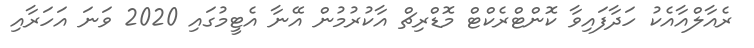
ރެއާލްއާއެކު ހަދާފައިވާ ކޮންޓްރެކްޓް މޮޑްރިޗް އާކުރުމުން އޭނާ އެޓީމުގައި 2020 ވަނަ އަހަރާއި